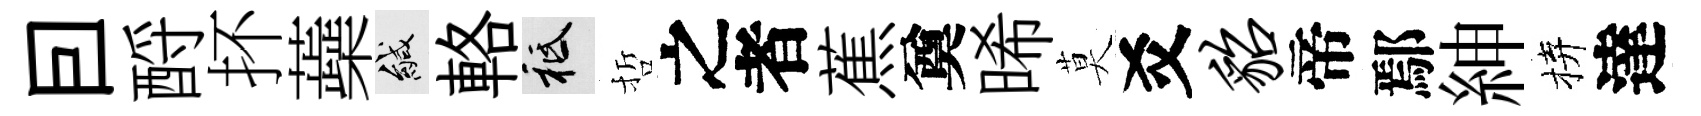
囙酹抔蘃緘輅祇哲之者蕉奠晞莫爻貂帝鄢紳拚達